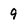
Character: 9